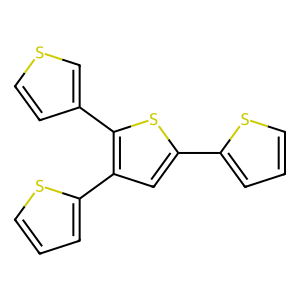
SMILES: c1csc(-c2cc(-c3cccs3)c(-c3ccsc3)s2)c1
Inhibits HIV replication: No